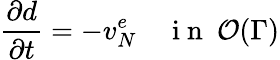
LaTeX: \frac{\partial d}{\partial t}=-v_{N}^{e}\quad\mathrm{~i~n~}~\mathcal{O}(\Gamma)